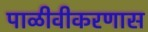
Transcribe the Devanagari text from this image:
पाळीवीकरणास